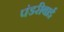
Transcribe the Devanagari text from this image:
पंडरीबाई